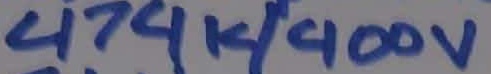
Text: 474k/400v